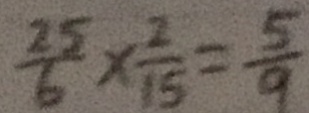
\frac { 2 5 } { 6 } \times \frac { 2 } { 1 5 } = \frac { 5 } { 9 }